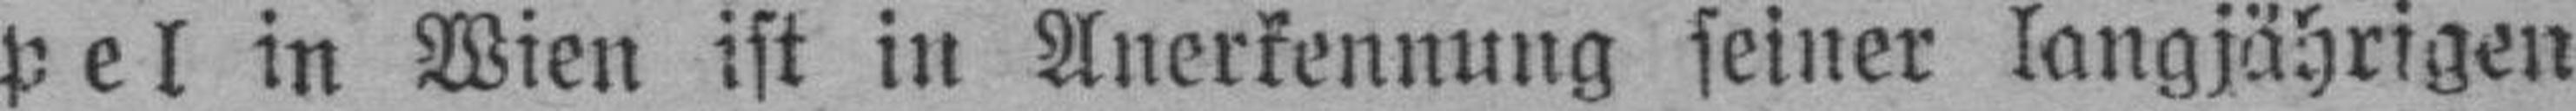
pel in Wien ist in Anerkennung seiner langjährigen